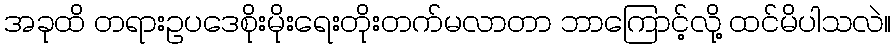
အခုထိ တရားဥပဒေစိုးမိုးရေးတိုးတက်မလာတာ ဘာကြောင့်လို့ ထင်မိပါသလဲ။